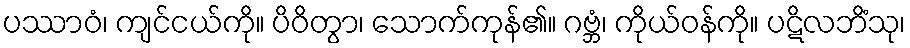
ပဿာဝံ၊ ကျင်ငယ်ကို။ ပိဝိတွာ၊ သောက်ကုန်၏။ ဂဗ္ဘံ၊ ကိုယ်ဝန်ကို။ ပဋိလဘိံသု၊